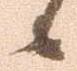
候